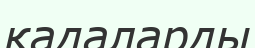
қадаларды